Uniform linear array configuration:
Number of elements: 32
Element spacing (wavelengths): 0.5
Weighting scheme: uniform
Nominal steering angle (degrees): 0
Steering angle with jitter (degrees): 0.03283
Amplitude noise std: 0.05
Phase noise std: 0.05

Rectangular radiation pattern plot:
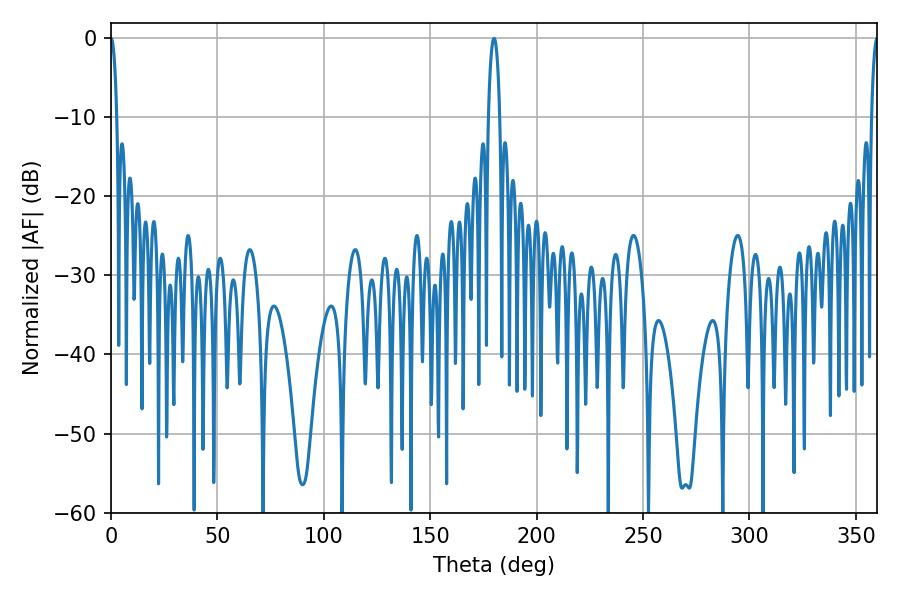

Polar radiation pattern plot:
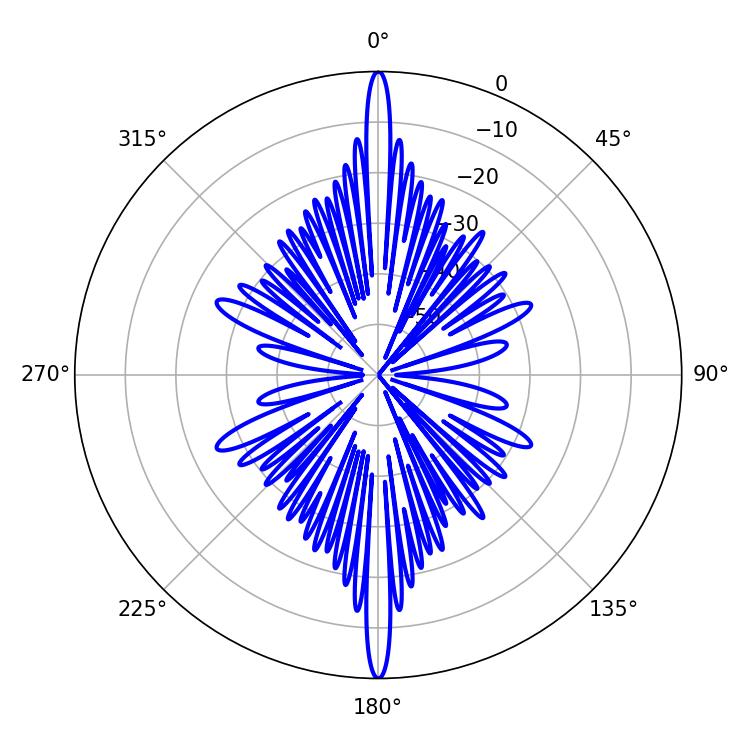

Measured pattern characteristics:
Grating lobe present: FALSE
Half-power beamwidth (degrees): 1.44
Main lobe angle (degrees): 0